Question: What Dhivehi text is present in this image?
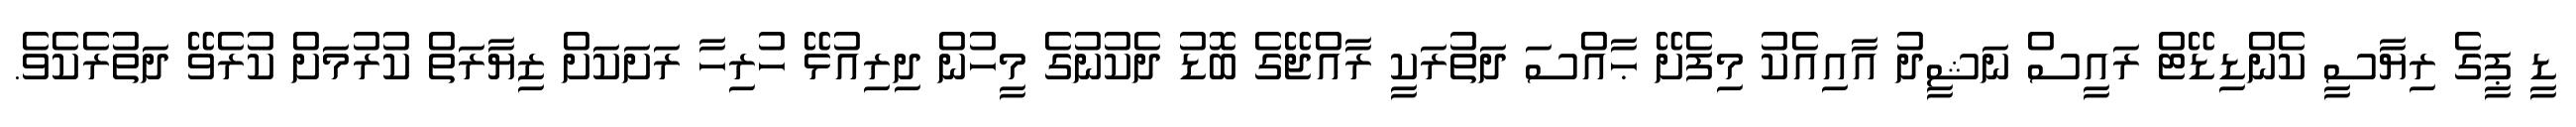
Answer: ޑީ ޕީގެ ރިޔާސީ ކެންޑިޑޭޓް ރައީސް ނަޝީދު އާއިއެކު މިފެށޭ ޙާއްސަ ދަތުރަކީ ރާއްޖޭގެ ބޮޑު ދެކުނުގެ މީހުން ދިރިއުޅޭ ހުރިހާ ރަށަކަށް ޒިޔާރަތް ކުރުމަށް ކުރެވޭ ދަތުރެކެވެ.